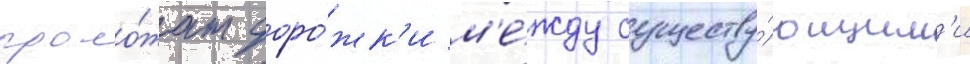
проло́жат доро́жк'и м'е́жду существу́ющим'и